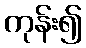
ကုန်း၍